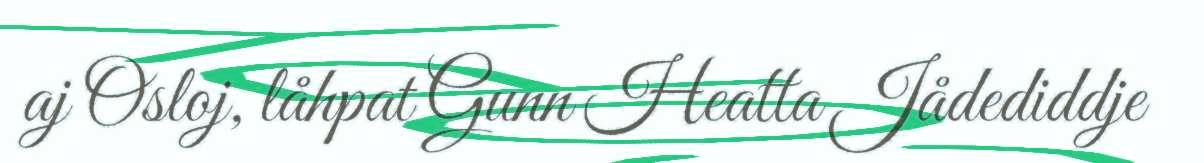
aj Osloj, låhpat Gunn Heatta Jådediddje